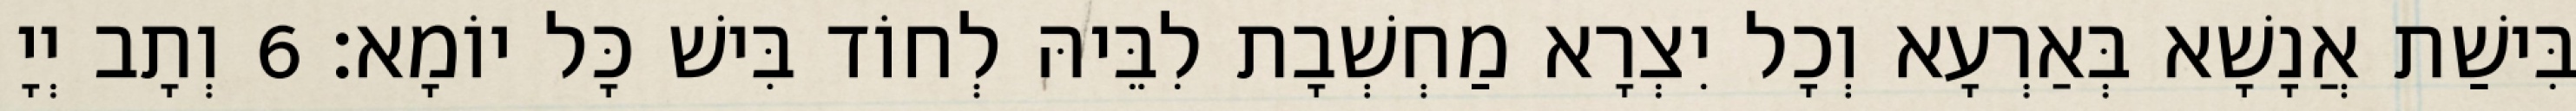
בִּישַׁת אֲנָשָׁא בְּאַרְעָא וְכָל יִצְרָא מַחְשְׁבָת לִבֵּיהּ לְחוֹד בִּישׁ כָּל יוֹמָא׃ 6 וְתָב יְיָ